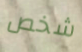
شخص